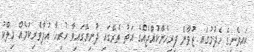
ކައިވެނީގެ ހެދުމުގައި ޒުވާން ފިރިހެންކުއްޖެއްގެ އަތު ތެރޭގައި ދުނިޔޭގައިވާ ހުރިހާ އުފާވެރިކަމެއް މިލްކު